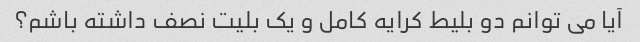
آیا می توانم دو بلیط کرایه کامل و یک بلیت نصف داشته باشم؟